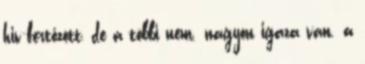
hiv-fertőzött, de a többi nem. nagyon igaza van. a